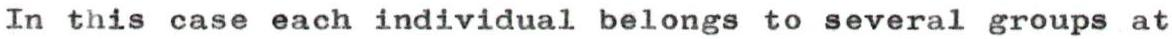
In this case each individual belongs to several groups at